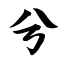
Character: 兮